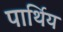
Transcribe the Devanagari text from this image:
पार्थिय